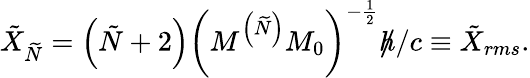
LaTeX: \tilde{X}_{\widetilde{N}}=\left(\tilde{N}+2\right)\left(M^{\left(\widetilde{N}\right)}M_{0}\right)^{-\frac{1}{2}}\mathbf{\rlap/}h/c\equiv\tilde{X}_{rms}.